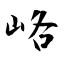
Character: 峈